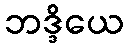
ဘဒ္ဒိယေ